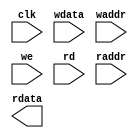
module cavlc_ram_2p_36x120 (
    				clk     ,
    				wdata   ,
    				waddr   ,
    				we      ,
    				rd      ,
    				raddr   ,
    				rdata  
);

// ********************************************
//                                             
//    Input/Output DECLARATION                    
//                                             
// ********************************************
input                clk   ; 
input [35:0]		 wdata ;
input [6:0]          waddr ;
input   	         we    ;
input    	         rd    ;
input [6:0]          raddr ;
output [35:0]   	 rdata ;

// ********************************************
//                                             
//    Logic DECLARATION                 
//                                             
// ********************************************
`ifdef RTL_MODEL 
rf_2p #(.Addr_Width(7), .Word_Width(36))	
	   rf_2p_36x120 (
				.clka    ( clk       ),  
				.cena_i  ( ~rd       ),
		        .addra_i ( raddr     ),
		        .dataa_o ( rdata     ),
				.clkb    ( clk       ),     
				.cenb_i  ( ~we       ),  
				.wenb_i  ( ~we       ),   
				.addrb_i ( waddr     ),
				.datab_i ( wdata     )
);
`endif 

`ifdef  FPGA_MODEL 
ram_2p_36x120 u_ram_2p_36x120 (
	.clock    (clk   ),
	.data     (wdata ),
	.wraddress(waddr ),
	.wren     (we    ),  //write : high active 
	.rdaddress(raddr ),
	.rden     (rd    ),  //read : high active 
	.q        (rdata )
);
`endif

`ifdef SMIC13_MODEL 

`endif  

endmodule